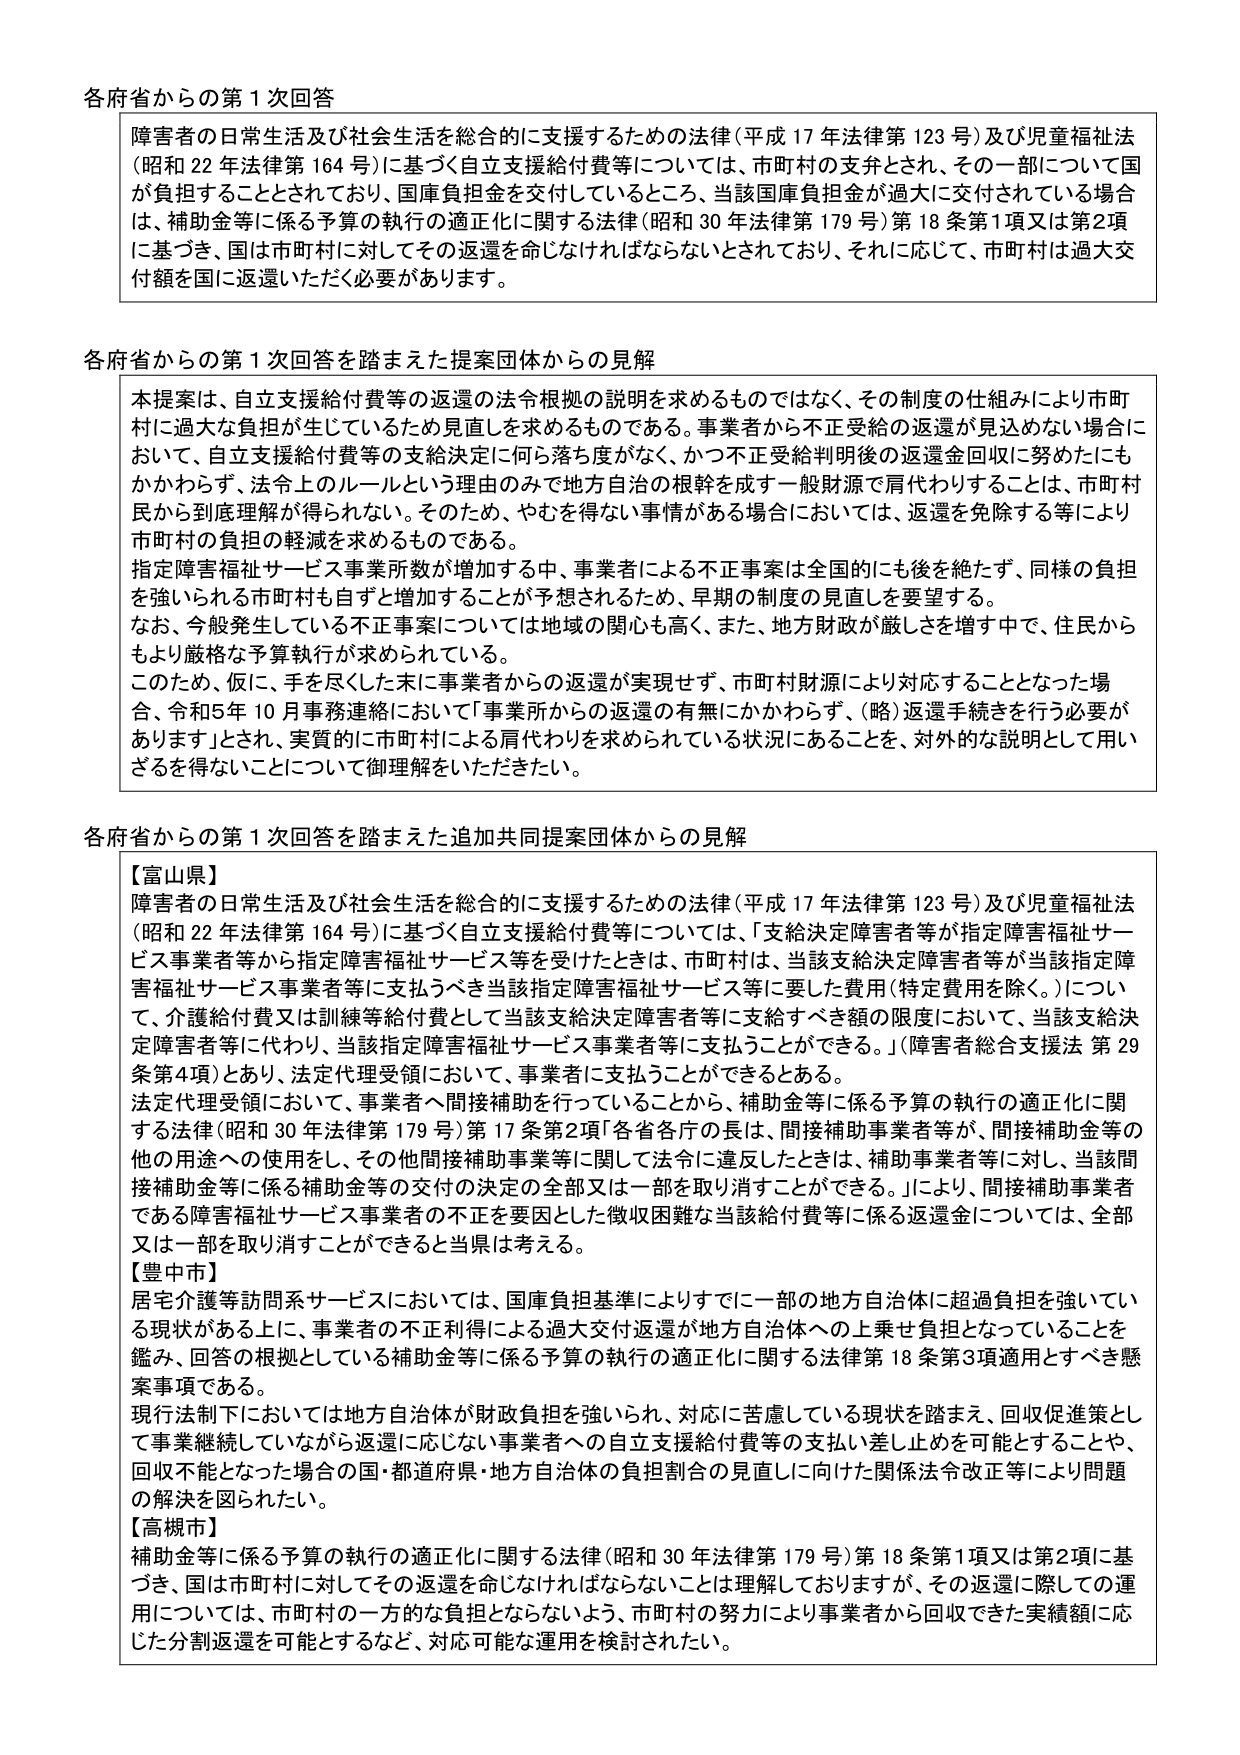
各府省からの第1次回答

障害者の日常生活及び社会生活を総合的に支援するための法律（平成17年法律第123号）及び児童福祉法（昭和22年法律第164号）に基づく自立支援給付費等については、市町村の支弁とされ、その一部について国が負担することとされており、国庫負担金を交付しているところ、当該国庫負担金が過大に交付されている場合は、補助金等に係る予算の執行の適正化に関する法律（昭和30年法律第179号）第18条第1項又は第2項に基づき、国は市町村に対してその返還を命じなければならないとされており、それに応じて、市町村は過大交付額を国に返還いただく必要があります。

各府省からの第1次回答を踏まえた提案団体からの見解

本提案は、自立支援給付費等の返還の法令根拠の説明を求めるものではなく、その制度の仕組みにより市町村に過大な負担が生じているため見直しを求めるものである。事業者から不正受給の返還が見込めない場合において、自立支援給付費等の支給決定に何ら落ち度がなく、かつ不正受給判明後の返還金回収に努めたにもかかわらず、法令上のルールという理由のみで地方自治の根幹を成す一般財源で肩代わりすることは、市町村民から到底理解が得られない。そのため、やむを得ない事情がある場合においては、返還を免除する等により市町村の負担の軽減を求めるものである。

指定障害福祉サービス事業所数が増加する中、事業者による不正事案は全国的にも後を絶たず、同様の負担を強いられる市町村もますます増加することが予想されるため、早期の制度の見直しを要望する。

なお、今般発生している不正事案については地域の関心も高く、また、地方財政が厳しさを増す中で、住民からもより厳格な予算執行が求められている。

このため、仮に、手を尽くした末に事業者からの返還が実現せず、市町村財源により対応することとなった場合、令和5年10月事務連絡において「事業所からの返還の有無にかかわらず、（略）返還手続きを行う必要があります」とされ、実質的に市町村による肩代わりを求められている状況にあることを、対外的な説明として用いるを得ないことについて御理解をいただきたい。

各府省からの第1次回答を踏まえた追加共同提案団体からの見解

【富山県】
障害者の日常生活及び社会生活を総合的に支援するための法律（平成17年法律第123号）及び児童福祉法（昭和22年法律第164号）に基づく自立支援給付費等については、「支給決定障害者等が指定障害福祉サービス事業者等から指定障害福祉サービス等を受けたときは、市町村は、当該支給決定障害者等が当該指定障害福祉サービス事業者等に支払うべき当該指定障害福祉サービス等に要した費用（特定費用を除く。）について、介護給付費又は訓練等給付費として当該支給決定障害者等に支給すべき額の限度において、当該支給決定障害者等に代わり、当該指定障害福祉サービス事業者等に支払うことができる。」（障害者総合支援法 第29条第4項）とおり、法定代理受領において、事業者に支払うことができる。

法定代理受領において、事業者へ間接補助を行っていることから、補助金等に係る予算の執行の適正化に関する法律（昭和30年法律第179号）第17条第2項「各省各庁の長は、間接補助事業者等が、間接補助金等の他の用途への使用をし、その他間接補助事業等に関して法令に違反したときは、補助事業者等に対し、当該間接補助金等に係る補助金等の交付の決定の全部又は一部を取り消すことができる。」により、間接補助事業者である障害福祉サービス事業者の不正を要因とした徴収困難な当該給付費等に係る返還金については、全部又は一部を取り消すことができる当県は考える。

【豊中市】
居宅介護等訪問系サービスにおいては、国庫負担基準によりすでに一部の地方自治体に超過負担を強いている現状がある上に、事業者の不正利得による過大交付返還が地方自治体への上乗せ負担となっていることを鑑み、回答の根拠としている補助金等に係る予算の執行の適正化に関する法律第18条第3項適用とすべき懸案事項である。

現行法制下においては地方自治体が財政負担を強いられ、対応に苦慮している現状を踏まえ、回収促進策として事業継続していながら返還に応じない事業者への自立支援給付費等の支払い差し止めを可能とすることや、回収不能となった場合の国・都道府県・地方自治体の負担割合の見直しに向けた関係法令改正等により問題の解決を図られたい。

【高槻市】
補助金等に係る予算の執行の適正化に関する法律（昭和30年法律第179号）第18条第1項又は第2項に基づき、国は市町村に対してその返還を命じなければならないことは理解しておりますが、その返還に際しての運用については、市町村の一方的な負担とならないよう、市町村の努力により事業者から回収できた実績額に応じた分割返還を可能とするなど、対応可能な運用を検討されたい。